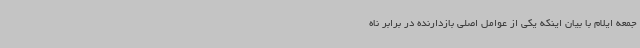
جمعه ایلام با بیان اینکه یکی از عوامل اصلی بازدارنده در برابر ناه